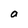
Character: a